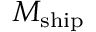
M _ { \mathrm { s h i p } }